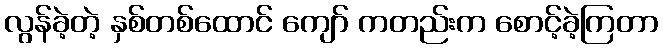
လွန်ခဲ့တဲ့ နှစ်တစ်ထောင် ကျော် ကတည်းက စောင့်ခဲ့ကြတာ